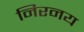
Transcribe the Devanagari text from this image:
निरनय